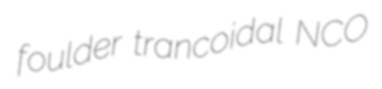
foulder trancoidal NCO